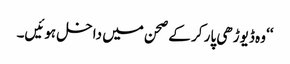
‘‘ وہ ڈیوڑھی پار کر کے صحن میں داخل ہوئیں۔